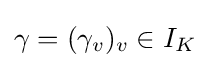
\gamma =(\gamma _{v})_{v}\in I_{K}